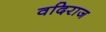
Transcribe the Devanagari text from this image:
वदिराज